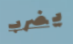
يضرب